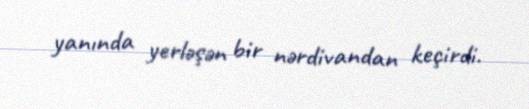
yanında yerləşən bir nərdivandan keçirdi.